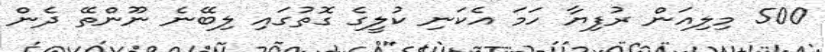
500 މިލިއަން ރުފިޔާ ހަމަ އެކަނި ކުލީގެ ގޮތުގައި ލިބޭނެ ނޫންތޭ ދެން